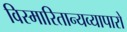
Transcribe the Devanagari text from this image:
विस्मारितान्यव्यापारो